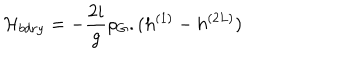
{ \cal H } _ { b d r y } = - \frac { 2 i } { g } \rho _ { G } . ( h ^ { ( 1 ) } - h ^ { ( 2 L ) } )